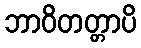
ဘာဝိတတ္တာပိ